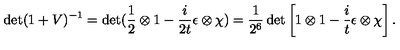
\det ( 1 + V ) ^ { - 1 } = \det ( \frac { 1 } { 2 } \otimes 1 - \frac { i } { 2 t } \epsilon \otimes \chi ) = \frac { 1 } { 2 ^ { 6 } } \det \left[ 1 \otimes 1 - \frac { i } { t } \epsilon \otimes \chi \right] .